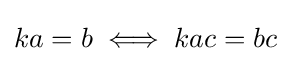
ka=b\iff kac=bc